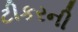
ટીકરની